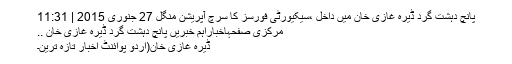
پانچ دہشت گرد ڈیرہ غازی خان میں داخل ،سیکیورٹی فورسز کا سرچ آپریشن منگل 27 جنوری 2015 | 11:31
مرکزی صفحہاخباراہم خبریں پانچ دہشت گرد ڈیرہ غازی خان ..
ڈیرہ غازی خان(اُردو پوائنٹ اخبار تازہ ترین۔